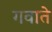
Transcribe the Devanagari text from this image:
गवाते